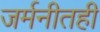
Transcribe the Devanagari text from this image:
जर्मनीतही